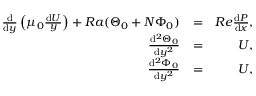
\begin{array} { r l r } { { \frac { \mathrm { d } } { \mathrm { d } y } } \left( \mu _ { 0 } { \frac { \mathrm { d } U } { y } } \right) + R a ( \Theta _ { 0 } + N \Phi _ { 0 } ) } & { = } & { R e { \frac { \mathrm { d } P } { \mathrm { d } x } } , } \\ { { \frac { \mathrm { d } ^ { 2 } \Theta _ { 0 } } { \mathrm { d } y ^ { 2 } } } } & { = } & { U , } \\ { { \frac { \mathrm { d } ^ { 2 } \Phi _ { 0 } } { \mathrm { d } y ^ { 2 } } } } & { = } & { U , } \end{array}